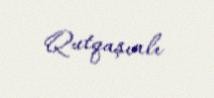
Qutqaşınlı